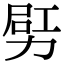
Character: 𠡿